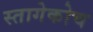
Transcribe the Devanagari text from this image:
स्तागेकोच